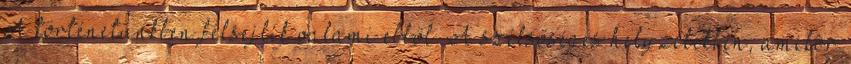
A történetünkben felsejlik valami ebből. A szélsőséges helyzetekben, amikor